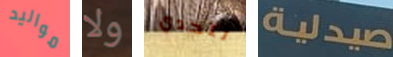
مواليد ولا لتحدي صيدلية